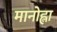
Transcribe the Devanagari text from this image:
मानोह्ला